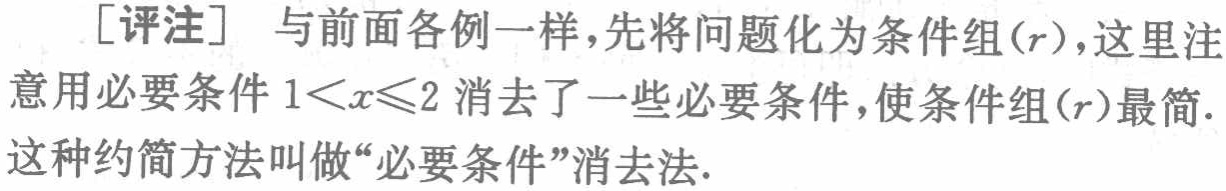
[评注] 与前面各例一样,先将问题化为条件组\((r)\)，这里注意用必要条件\(1<x\leqslant2\)消去了一些必要条件，使条件组\((r)\)最简. 这种约简方法叫做“必要条件”消去法.